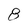
Character: 8